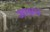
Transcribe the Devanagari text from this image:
अाश्रम